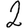
Digit: 2